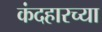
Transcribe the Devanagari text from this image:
कंदहारच्या